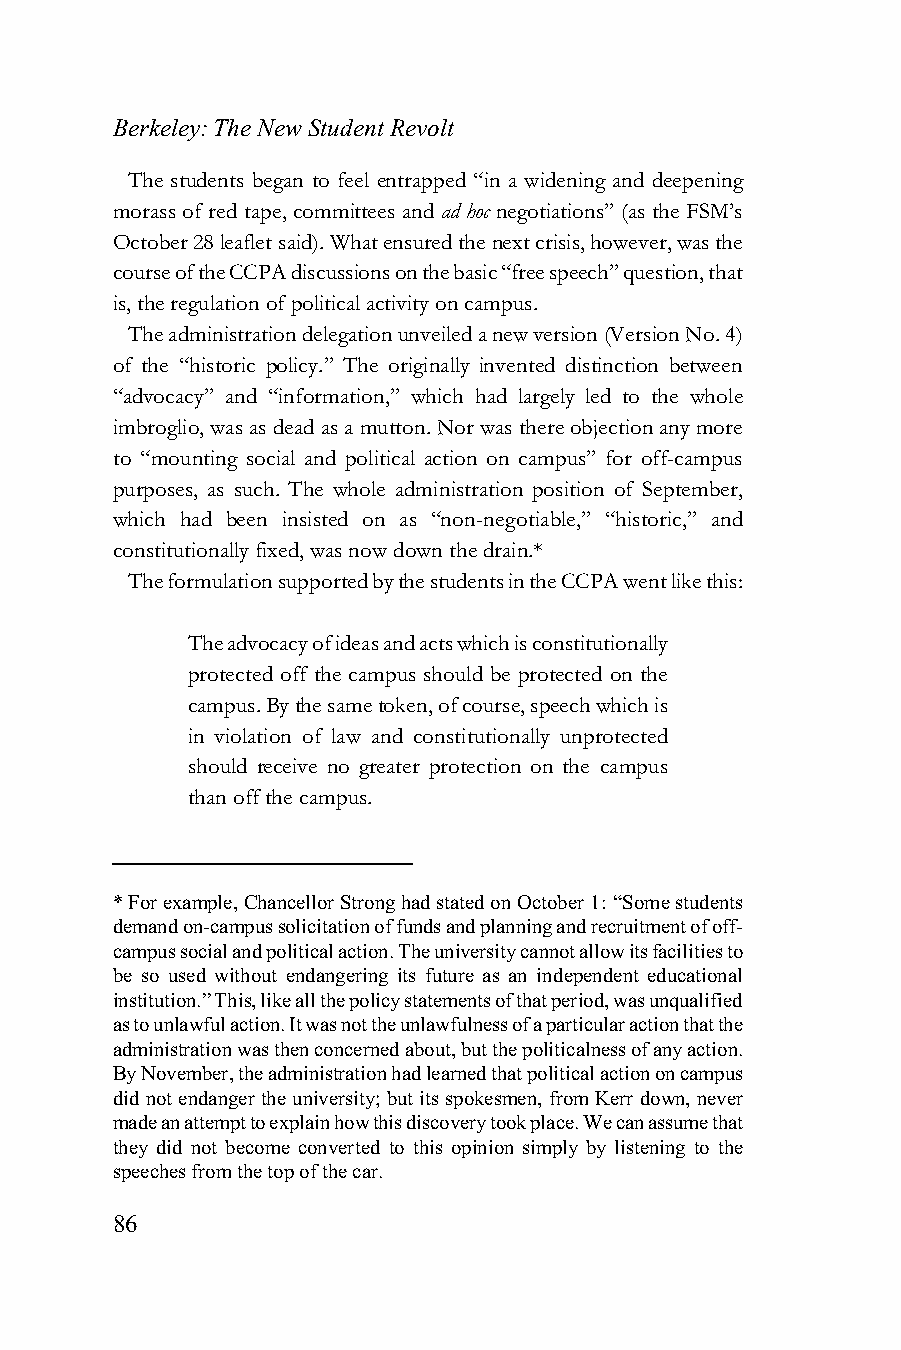
Berkeley: The New Student Revolt
 The students began to feel entrapped “in a widening and deepening
 morass of red tape, committees and ad hoc negotiations” (as the FSM’s
 October 28 leaflet said). What ensured the next crisis, however, was the
 course of the CCPA discussions on the basic “free speech” question, that
 is, the regulation of political activity on campus.
 The administration delegation unveiled a new version (Version No. 4)
 of the “historic policy.” The originally invented distinction between
 “advocacy” and “information,” which had largely led to the whole
 imbroglio, was as dead as a mutton. Nor was there objection any more
 to “mounting social and political action on campus” for off-campus
 purposes, as such. The whole administration position of September,
 which had been insisted on as “non-negotiable,” “historic,” and
 constitutionally fixed, was now down the drain.*
 The formulation supported by the students in the CCPA went like this:
 The advocacy of ideas and acts which is constitutionally
 protected off the campus should be protected on the
 campus. By the same token, of course, speech which is
 in violation of law and constitutionally unprotected
 should receive no greater protection on the campus
 than off the campus.
 * For example, Chancellor Strong had stated on October 1: “Some students
 demand on-campus solicitation of funds and planning and recruitment of off-
 campus social and political action. The university cannot allow its facilities to
 be so used without endangering its future as an independent educational
 institution.” This, like all the policy statements of that period, was unqualified
 as to unlawful action. It was not the unlawfulness of a particular action that the
 administration was then concerned about, but the politicalness of any action.
 By November, the administration had learned that political action on campus
 did not endanger the university; but its spokesmen, from Kerr down, never
 made an attempt to explain how this discovery took place. We can assume that
 they did not become converted to this opinion simply by listening to the
 speeches from the top of the car.
 86